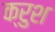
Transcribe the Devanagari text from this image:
क्रुश